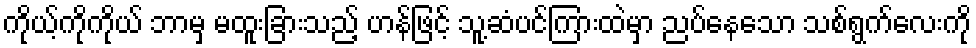
ကိုယ့်ကိုကိုယ် ဘာမှ မထူးခြားသည့် ဟန်ဖြင့် သူ့ဆံပင်ကြားထဲမှာ ညပ်နေသော သစ်ရွက်လေးကို